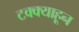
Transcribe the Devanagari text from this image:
टक्‍क्‍याहून